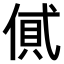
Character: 𠌗